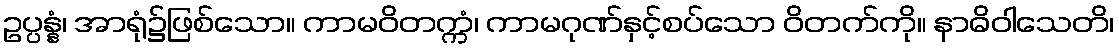
ဥပ္ပန္နံ၊ အာရုံ၌ဖြစ်သော။ ကာမဝိတက္ကံ၊ ကာမဂုဏ်နှင့်စပ်သော ဝိတက်ကို။ နာဓိဝါသေတိ၊